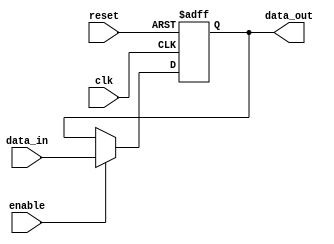
module input_register #(
    parameter DATA_WIDTH = 8  // Define the width of the register (in bits)
)(
    input wire clk,            // Clock input
    input wire reset,          // Asynchronous reset input
    input wire enable,         // Enable signal to capture data
    input wire [DATA_WIDTH-1:0] data_in, // Input data lines
    output reg [DATA_WIDTH-1:0] data_out // Output data lines
);

// Always block for synchronous operation
always @(posedge clk or posedge reset) begin
    if (reset) begin
        // Reset the register to zero
        data_out <= {DATA_WIDTH{1'b0}};
    end else if (enable) begin
        // Capture the input data on the rising edge of the clock when enabled
        data_out <= data_in;
    end
    // If not enabled, retain the previous value
end

endmodule